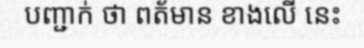
បញ្ជាក់ ថា ពត័មាន ខាងលើ នេះ